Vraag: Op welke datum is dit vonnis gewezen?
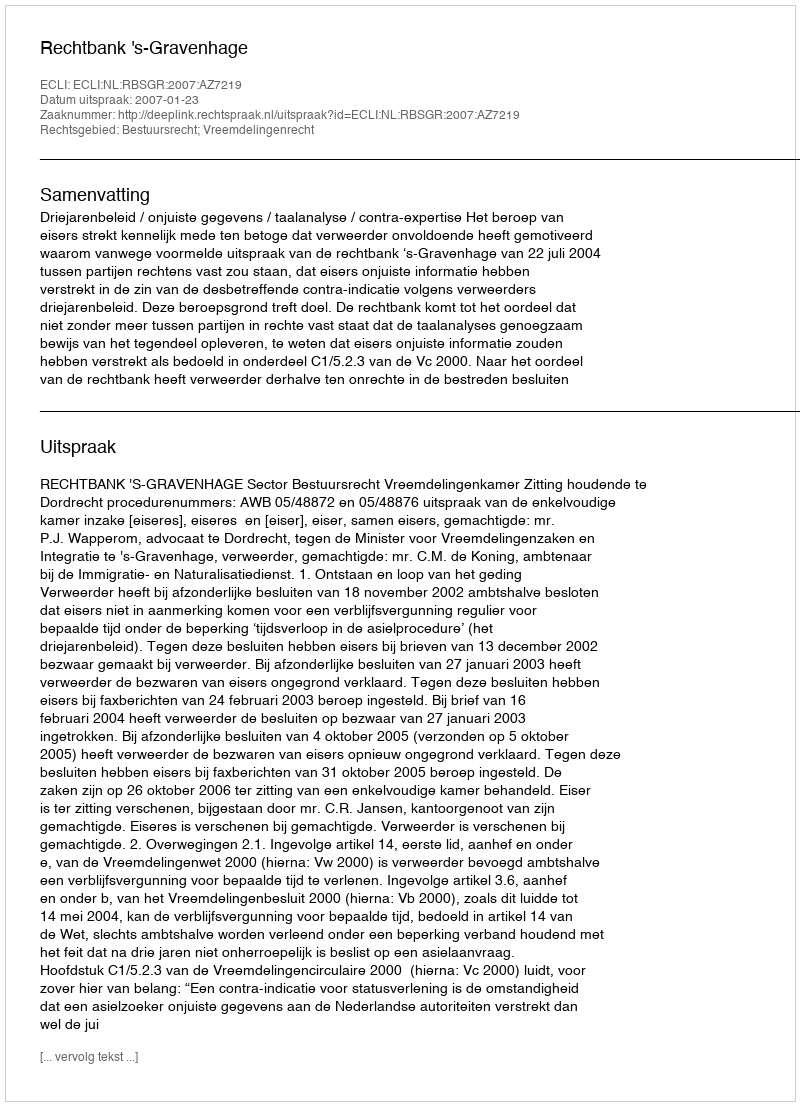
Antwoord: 2007-01-23